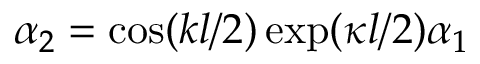
\alpha _ { 2 } = \cos ( k l / 2 ) \exp ( \kappa l / 2 ) \alpha _ { 1 }